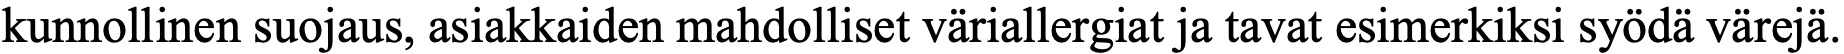
kunnollinen suojaus, asiakkaiden mahdolliset väriallergiat ja tavat esimerkiksi syödä värejä.